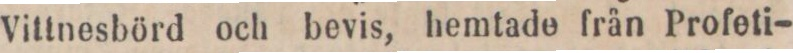
Vittnesbörd och bevis, hemtade från Profeti-